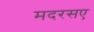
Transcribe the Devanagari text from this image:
मदरसए